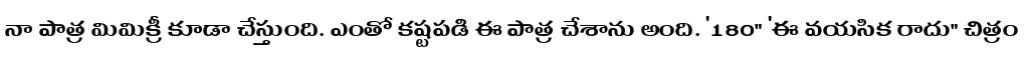
నా పాత్ర మిమిక్రీ కూడా చేస్తుంది. ఎంతో కష్టపడి ఈ పాత్ర చేశాను అంది. '180" 'ఈ వయసిక రాదు" చిత్రం